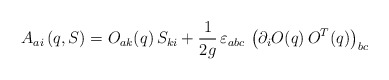
\begin{align*}A_{ai} \left(q, S \right) =O_{ak}(q)\, S_{ki} +\frac{1}{2 g} \,\varepsilon_{abc}\, \left(\partial_i O (q)\, O^T (q) \right)_{bc}\end{align*}